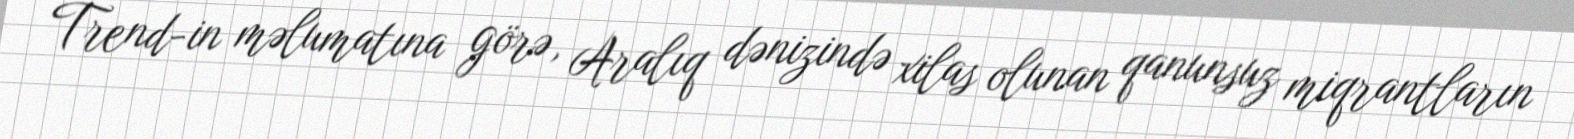
Trend-in məlumatına görə, Aralıq dənizində xilas olunan qanunsuz miqrantların